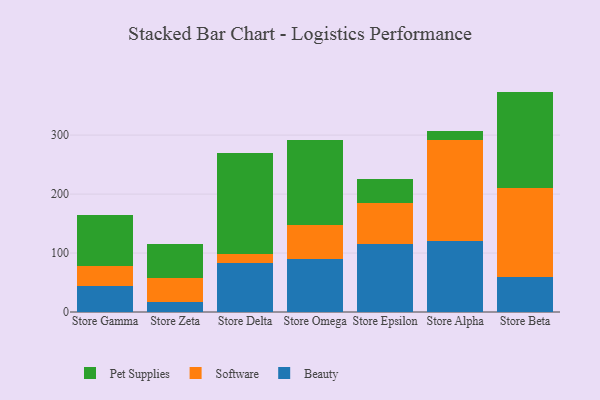
{"axis": {"x": "Store", "y": "Website Visitors"}, "legend": ["Beauty", "Pet Supplies", "Software"], "data": [{"x": "Store Gamma", "y": 43.6, "type": "Beauty"}, {"x": "Store Gamma", "y": 34.0, "type": "Software"}, {"x": "Store Gamma", "y": 87.1, "type": "Pet Supplies"}, {"x": "Store Zeta", "y": 17.5, "type": "Beauty"}, {"x": "Store Zeta", "y": 39.8, "type": "Software"}, {"x": "Store Zeta", "y": 58.7, "type": "Pet Supplies"}, {"x": "Store Delta", "y": 82.7, "type": "Beauty"}, {"x": "Store Delta", "y": 15.0, "type": "Software"}, {"x": "Store Delta", "y": 172.5, "type": "Pet Supplies"}, {"x": "Store Omega", "y": 90.0, "type": "Beauty"}, {"x": "Store Omega", "y": 57.1, "type": "Software"}, {"x": "Store Omega", "y": 144.8, "type": "Pet Supplies"}, {"x": "Store Epsilon", "y": 114.6, "type": "Beauty"}, {"x": "Store Epsilon", "y": 70.8, "type": "Software"}, {"x": "Store Epsilon", "y": 40.8, "type": "Pet Supplies"}, {"x": "Store Alpha", "y": 120.0, "type": "Beauty"}, {"x": "Store Alpha", "y": 172.4, "type": "Software"}, {"x": "Store Alpha", "y": 15.0, "type": "Pet Supplies"}, {"x": "Store Beta", "y": 60.0, "type": "Beauty"}, {"x": "Store Beta", "y": 149.8, "type": "Software"}, {"x": "Store Beta", "y": 164.0, "type": "Pet Supplies"}]}